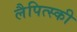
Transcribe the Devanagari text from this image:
लैपित्स्की